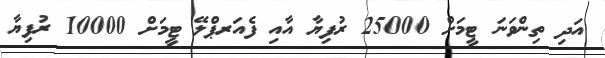
އަދި ތިންވަނަ ޓީމަށް 25000 ރުފިޔާ އާއި ފެއަރޕްލޭ ޓީމަށް 10000 ރުފިޔާ